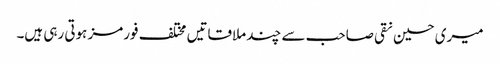
میری حسین نقی صاحب سے چند ملاقاتیں مختلف فورمز ہوتی رہی ہیں۔